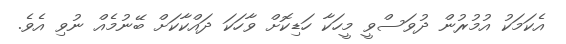
އެކަމަކު އުމުރުން ދުވަސްވީ މީހަކާ ހަޑިކޮށް ވާހަކަ ދައްކާކަށް ބޭނުމެއް ނުވި އެވެ.